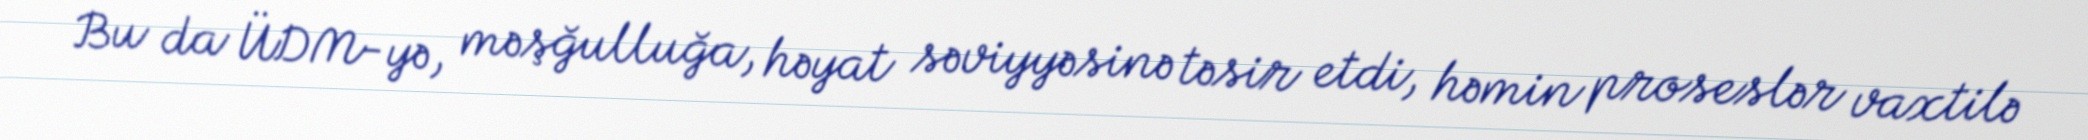
Bu da ÜDM-yə, məşğulluğa, həyat səviyyəsinə təsir etdi, həmin proseslər vaxtilə